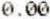
0.00